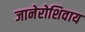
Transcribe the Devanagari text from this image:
जानेरोशिवाय